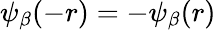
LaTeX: \psi_{\beta}(-r)=-\psi_{\beta}(r)